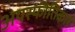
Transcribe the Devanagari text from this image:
अपस्फीतिकार